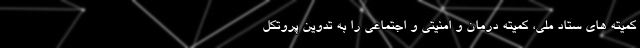
کمیته های ستاد ملی، کمیته درمان و امنیتی و اجتماعی را به تدوین پروتکل